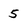
Character: 5